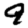
Digit: 9